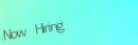
Now Hiring